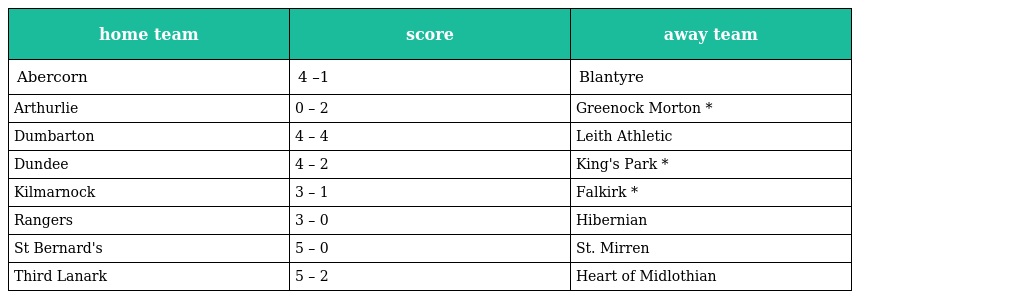
| home team | score | away team |
 | --- | --- | --- |
 | Abercorn | 4 –1 | Blantyre |
 | Arthurlie | 0 – 2 | Greenock Morton * |
 | Dumbarton | 4 – 4 | Leith Athletic |
 | Dundee | 4 – 2 | King's Park * |
 | Kilmarnock | 3 – 1 | Falkirk * |
 | Rangers | 3 – 0 | Hibernian |
 | St Bernard's | 5 – 0 | St. Mirren |
 | Third Lanark | 5 – 2 | Heart of Midlothian |